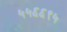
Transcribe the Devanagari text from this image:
५५६६९५